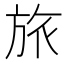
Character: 旅